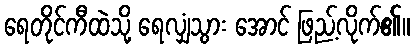
ရေတိုင်ကီထဲသို့ ရေလျှံသွား အောင် ဖြည့်လိုက်၏။